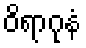
ဝိရာဂုနံ